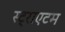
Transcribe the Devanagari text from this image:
स्ट्राएटम